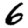
Digit: 6